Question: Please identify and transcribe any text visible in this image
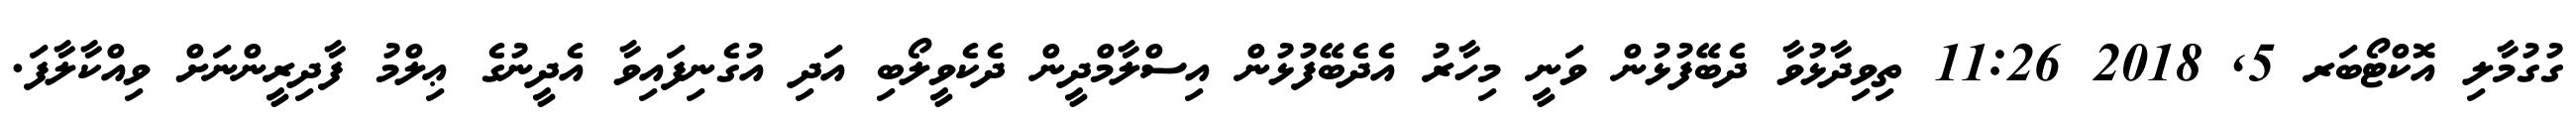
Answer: ގުގުމާލި އޮކްޓޯބަރ 5, 2018 11:26 ތިވިދާޅުވާ ދެބޭފުޅުން ވަނީ މިހާރު އެދެބޭފުޅުން އިސްލާމްދީން ދެކެވީލޯބި އަދި އުގެނިފައިވާ އެދީނުގެ ޢިލްމު ފާދިރީންނަށް ވިއްކާލާފަ.